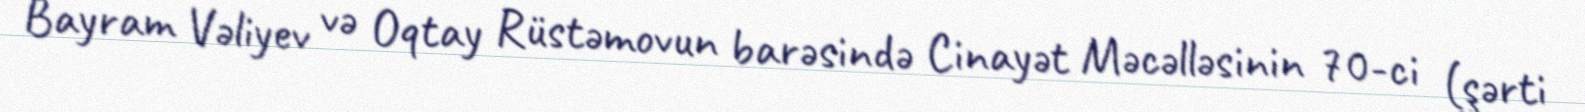
Bayram Vəliyev və Oqtay Rüstəmovun barəsində Cinayət Məcəlləsinin 70-ci (şərti